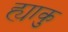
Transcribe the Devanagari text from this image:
ह्याकु